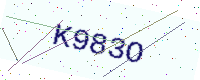
Text: K983O